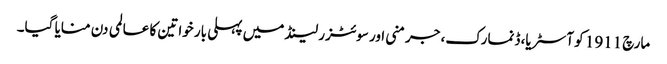
مارچ 1911 کو آسٹریا، ڈنمارک، جرمنی اور سوئٹزر لینڈ میں پہلی بار خواتین کا عالمی دن منایا گیا۔